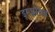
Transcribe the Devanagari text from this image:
इम्प्लॉयड